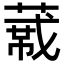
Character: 𬝼